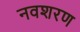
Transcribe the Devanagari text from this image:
नवशरण